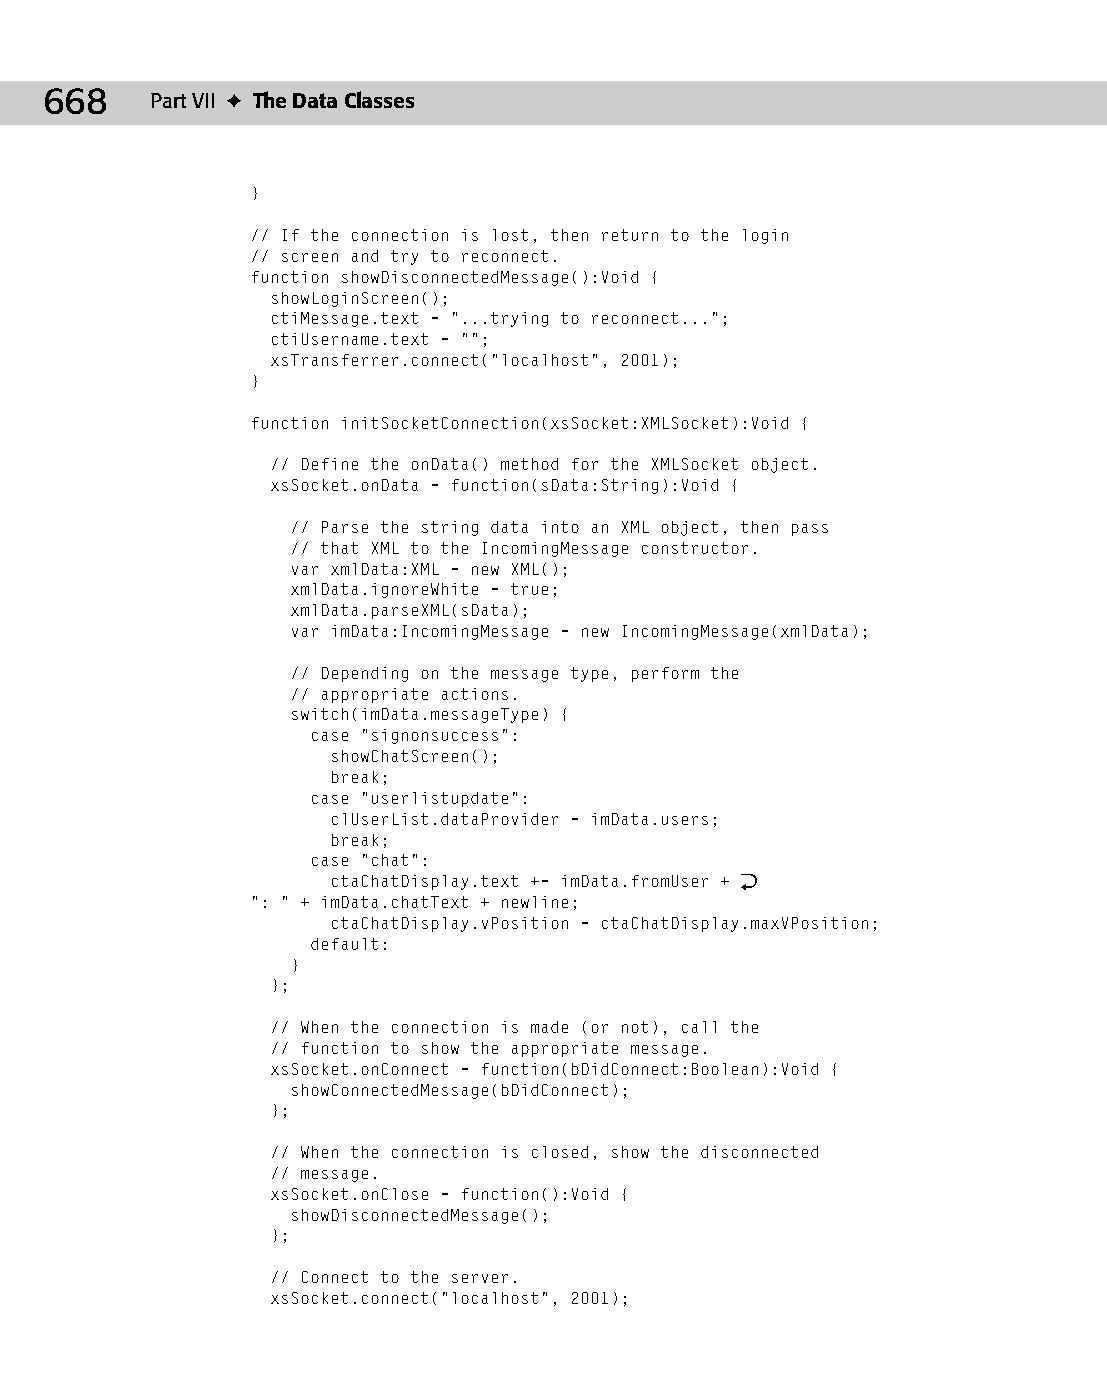
35 543547 ch27.qxd 3/24/04 4:08 PM Page 668
 668    Part VII ✦ The Data Classes
 }
 // If the connection is lost, then return to the login
 // screen and try to reconnect.
 function showDisconnectedMessage():Void {
 showLoginScreen();
 ctiMessage.text = “...trying to reconnect...”;
 ctiUsername.text = “”;
 xsTransferrer.connect(“localhost”, 2001);
 }
 function initSocketConnection(xsSocket:XMLSocket):Void {
 // Define the onData() method for the XMLSocket object.
 xsSocket.onData = function(sData:String):Void {
 // Parse the string data into an XML object, then pass
 // that XML to the IncomingMessage constructor.
 var xmlData:XML = new XML();
 xmlData.ignoreWhite = true;
 xmlData.parseXML(sData);
 var imData:IncomingMessage = new IncomingMessage(xmlData);
 // Depending on the message type, perform the
 // appropriate actions.
 switch(imData.messageType) {
 case “signonsuccess”:
 showChatScreen();
 break;
 case “userlistupdate”:
 clUserList.dataProvider = imData.users;
 break;
 case “chat”:
 ctaChatDisplay.text += imData.fromUser + Æ
 “: “ + imData.chatText + newline;
 ctaChatDisplay.vPosition = ctaChatDisplay.maxVPosition;
 default:
 }
 };
 // When the connection is made (or not), call the
 // function to show the appropriate message.
 xsSocket.onConnect = function(bDidConnect:Boolean):Void {
 showConnectedMessage(bDidConnect);
 };
 // When the connection is closed, show the disconnected
 // message.
 xsSocket.onClose = function():Void {
 showDisconnectedMessage();
 };
 // Connect to the server.
 xsSocket.connect(“localhost”, 2001);